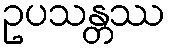
ဥပသန္တဿ